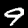
Label: 9